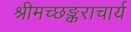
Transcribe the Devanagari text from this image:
श्रीमच्छङ्कराचार्य